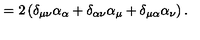
= 2 \left( \delta _ { \mu \nu } \alpha _ { \alpha } + \delta _ { \alpha \nu } \alpha _ { \mu } + \delta _ { \mu \alpha } \alpha _ { \nu } \right) .